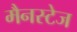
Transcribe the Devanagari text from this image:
मैनस्टेज